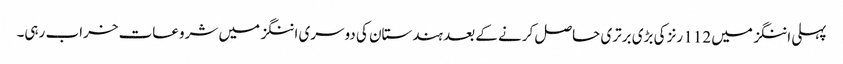
پہلی اننگز میں 112 رنز کی بڑی برتری حاصل کرنے کے بعد ہندستان کی دوسری اننگز میں شروعات خراب رہی۔